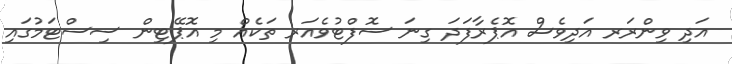
އަދި ވިންރަރ އަދިވެސް އޮޕެރާފަދަ ގިނަ ސޮފްޓުވެއަރ ތަކެއް މި އޮޕޭޓިން ސިސްޓަމުގައި